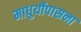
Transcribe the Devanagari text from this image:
माधुर्योपासना